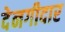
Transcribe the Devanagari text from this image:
देनगीदार